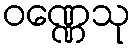
ဝဏ္ဏေသု